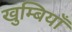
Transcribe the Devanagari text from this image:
खुम्बियाँ